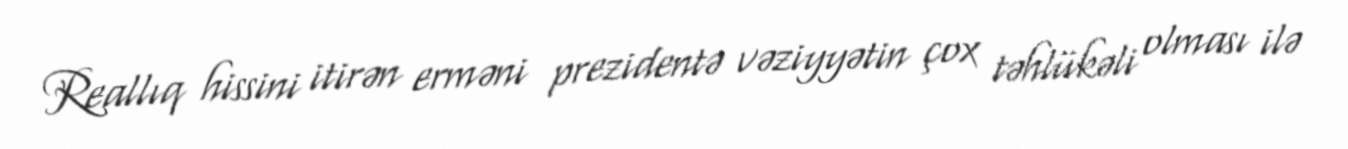
Reallıq hissini itirən erməni prezidentə vəziyyətin çox təhlükəli olması ilə